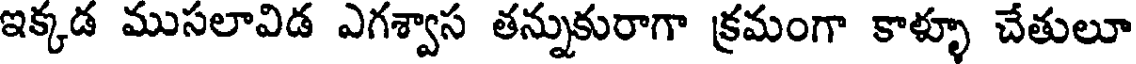
ఇక్కడ ముసలావిడ ఎగశ్వాస తన్నుకురాగా క్రమంగా కాళ్ళూ చేతులూ